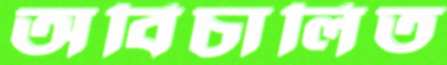
অবিচালিত